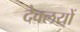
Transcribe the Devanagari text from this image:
देवलयों